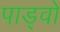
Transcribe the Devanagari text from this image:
पाड्वो